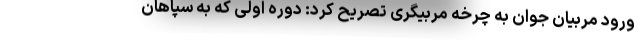
ورود مربیان جوان به چرخه مربیگری تصریح کرد: دوره اولی که به سپاهان